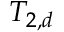
T _ { 2 , d }